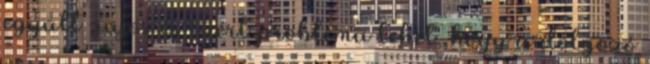
együtt zajos és ezért probléma lehet, hogy a dolgozó